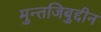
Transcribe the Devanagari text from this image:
मुन्तजिबुद्दीन